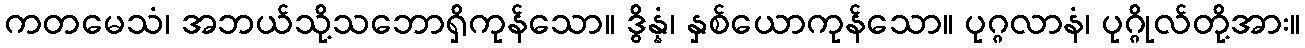
ကတမေသံ၊ အဘယ်သို့သဘောရှိကုန်သော။ ဒွိန္နံ၊ နှစ်ယောကုန်သော။ ပုဂ္ဂလာနံ၊ ပုဂ္ဂိုလ်တို့အား။